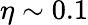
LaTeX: \eta\sim 0.1